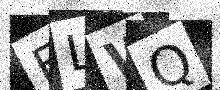
Text: FLWQ